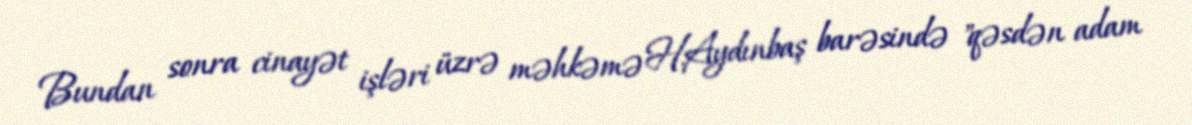
Bundan sonra cinayət işləri üzrə məhkəmə H.Aydınbaş barəsində "qəsdən adam